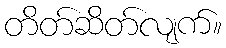
တိတ်ဆိတ်လျက်။